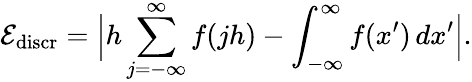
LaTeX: \mathcal{E}_{\mathrm{discr}}=\Big|h\sum_{j=-\infty}^{\infty}f(jh)-\int_{-\infty}^{\infty}f(x^{\prime})\, dx^{\prime}\Big|.